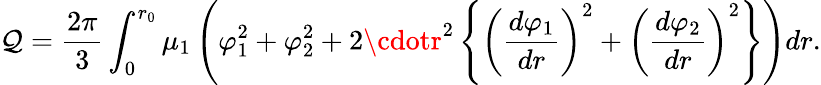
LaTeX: \mathcal{Q}=\frac{{2\pi}}{{3}}\int_{0}^{r_{0}}\mu_{1}\left(\varphi_{1}^{2}+\varphi_{2}^{2}+2\cdotr^{2}\left\{ \left(\frac{{d\varphi_{1}}}{{dr}}\right)^{2}+\left(\frac{{d\varphi_{2}}}{{dr}}\right)^{2}\right\} \right)dr.